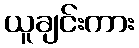
ယူချင်းကား